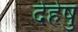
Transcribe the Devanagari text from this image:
देहेषु